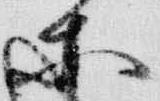
等